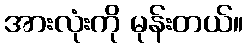
အားလုံးကို မုန်းတယ်။